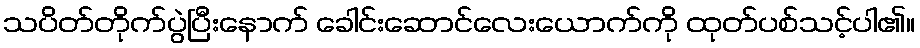
သပိတ်တိုက်ပွဲပြီးနောက် ခေါင်းဆောင်လေးယောက်ကို ထုတ်ပစ်သင့်ပါ၏။